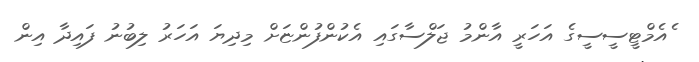
ެއެމްޓީސީސީގެ އަހަރީ އާންމު ޖަލްސާގައި އެކުންފުންޏަށް މިދިޔަ އަހަރު ލިބުނު ފައިދާ އިން